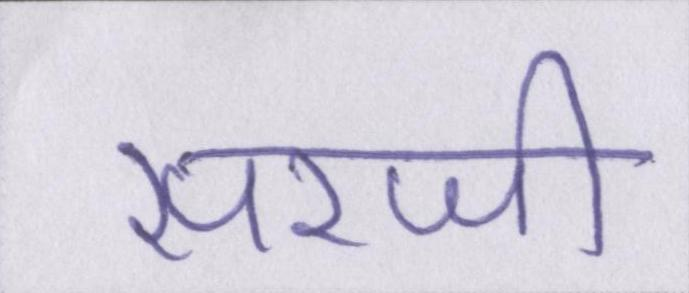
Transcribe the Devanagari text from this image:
सरजी